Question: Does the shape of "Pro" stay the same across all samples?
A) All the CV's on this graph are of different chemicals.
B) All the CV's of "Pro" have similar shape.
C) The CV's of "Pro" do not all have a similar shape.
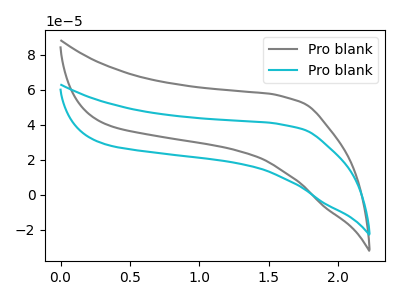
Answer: <think>The gray curve "Pro blank1" has no peaks. The cyan curve "Pro blank2" has no peaks.
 Neither "Pro blank1" or "Pro blank2" have any peaks.</think>
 <answer>B) All the CV's of "Pro" have similar shape.</answer>
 <eval>B</eval>